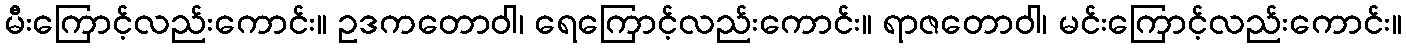
မီးကြောင့်လည်းကောင်း။ ဥဒကတောဝါ၊ ရေကြောင့်လည်းကောင်း။ ရာဇတောဝါ၊ မင်းကြောင့်လည်းကောင်း။